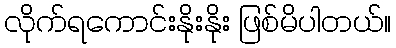
လိုက်ရကောင်းနိုးနိုး ဖြစ်မိပါတယ်။